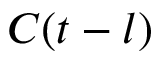
C ( t - l )